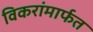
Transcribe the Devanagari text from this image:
विकरांमार्फत